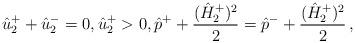
LaTeX: \begin{align*}\hat{u}_{2}^++\hat{u}_{2}^-=0,\hat{u}_{2}^+>0,\hat{p}^++\frac{(\hat{H}^+_2)^2}{2}=\hat{p}^-+\frac{(\hat{H}^+_{2})^2}{2}\,,\end{align*}